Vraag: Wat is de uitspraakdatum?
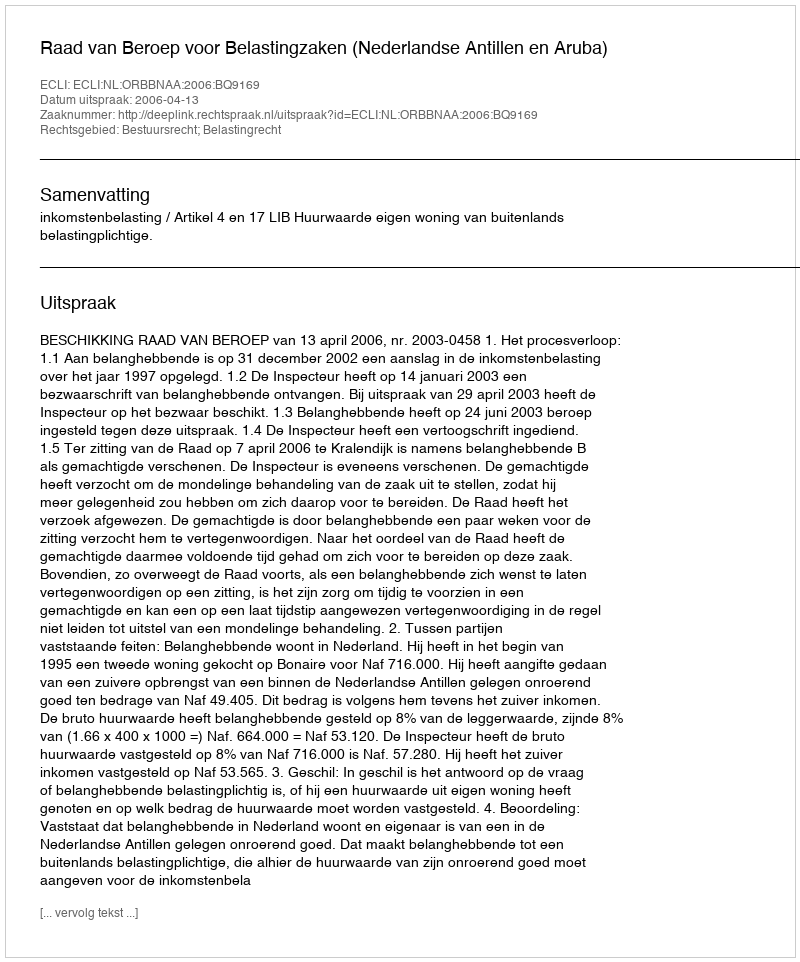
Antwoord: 2006-04-13